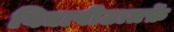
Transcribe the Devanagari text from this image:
विद्यापीठातर्फ़े